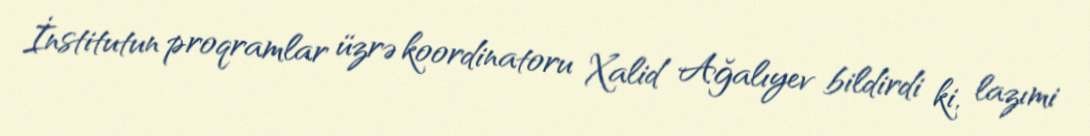
İnstitutun proqramlar üzrə koordinatoru Xalid Ağalıyev bildirdi ki, lazımi